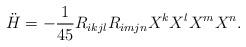
LaTeX: \begin{align*}\ddot H = -\frac{1}{45} R_{ikjl}R_{imjn} X^kX^lX^mX^n.\end{align*}